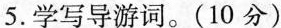
5.学写导游词。(10分)